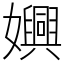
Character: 嬹